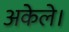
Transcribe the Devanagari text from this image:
अकेले।